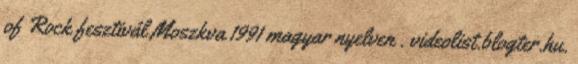
of Rock fesztivál Moszkva 1991 magyar nyelven . videolist.blogter.hu.